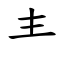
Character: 龶